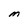
Character: M